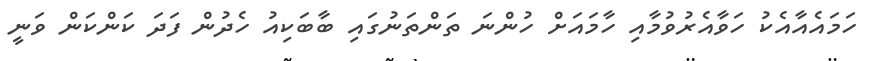
ހަމައެއާއެކު ހަވާއެރުވުމާއި ހާމައަށް ހުންނަ ތަންތަނުގައި ބާބަކިއު ހެދުން ފަދަ ކަންކަން ވަނީ